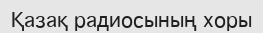
Қазақ радиосының хоры